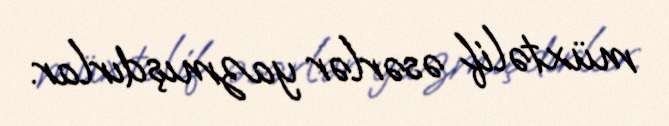
müxtəlif əsərlər yazmışdırlar.